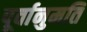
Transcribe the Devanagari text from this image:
पूर्वानुमति